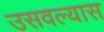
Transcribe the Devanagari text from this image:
उसवल्यास